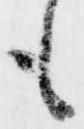
も